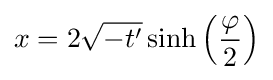
x=2{\sqrt {-t'}}\sinh \left({\frac {\varphi }{2}}\right)